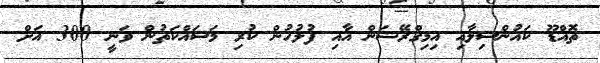
ތޮއްޑޫ ކައުންސިލާއި އިމިގްރޭޝަން އާއި ފުލުހުން ކުރި މަސައްކަތުން ވަނީ 300 އަށް